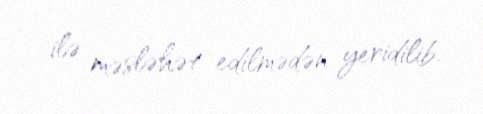
ilə məsləhət edilmədən yeridilib.